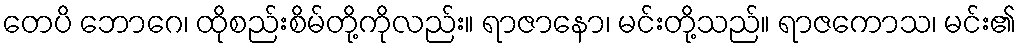
တေပိ ဘောဂေ၊ ထိုစည်းစိမ်တို့ကိုလည်း။ ရာဇာနော၊ မင်းတို့သည်။ ရာဇကောသ၊ မင်း၏